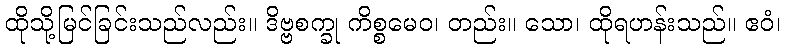
ထိုသို့မြင်ခြင်းသည်လည်း။ ဒိဗ္ဗစက္ခု ကိစ္စမေဝ၊ တည်း။ သော၊ ထိုရဟန်းသည်။ ဧဝံ၊